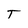
Character: T